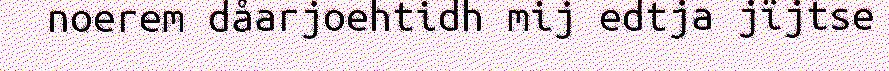
noerem dåarjoehtidh mij edtja jïjtse